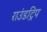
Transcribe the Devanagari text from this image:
राउंडट्रिप